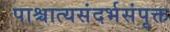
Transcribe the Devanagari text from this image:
पाश्चात्यसंदर्भसंपृक्त